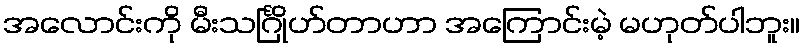
အလောင်းကို မီးသင်္ဂြိုဟ်တာဟာ အကြောင်းမဲ့ မဟုတ်ပါဘူး။